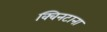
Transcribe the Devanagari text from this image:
क्विनटाना